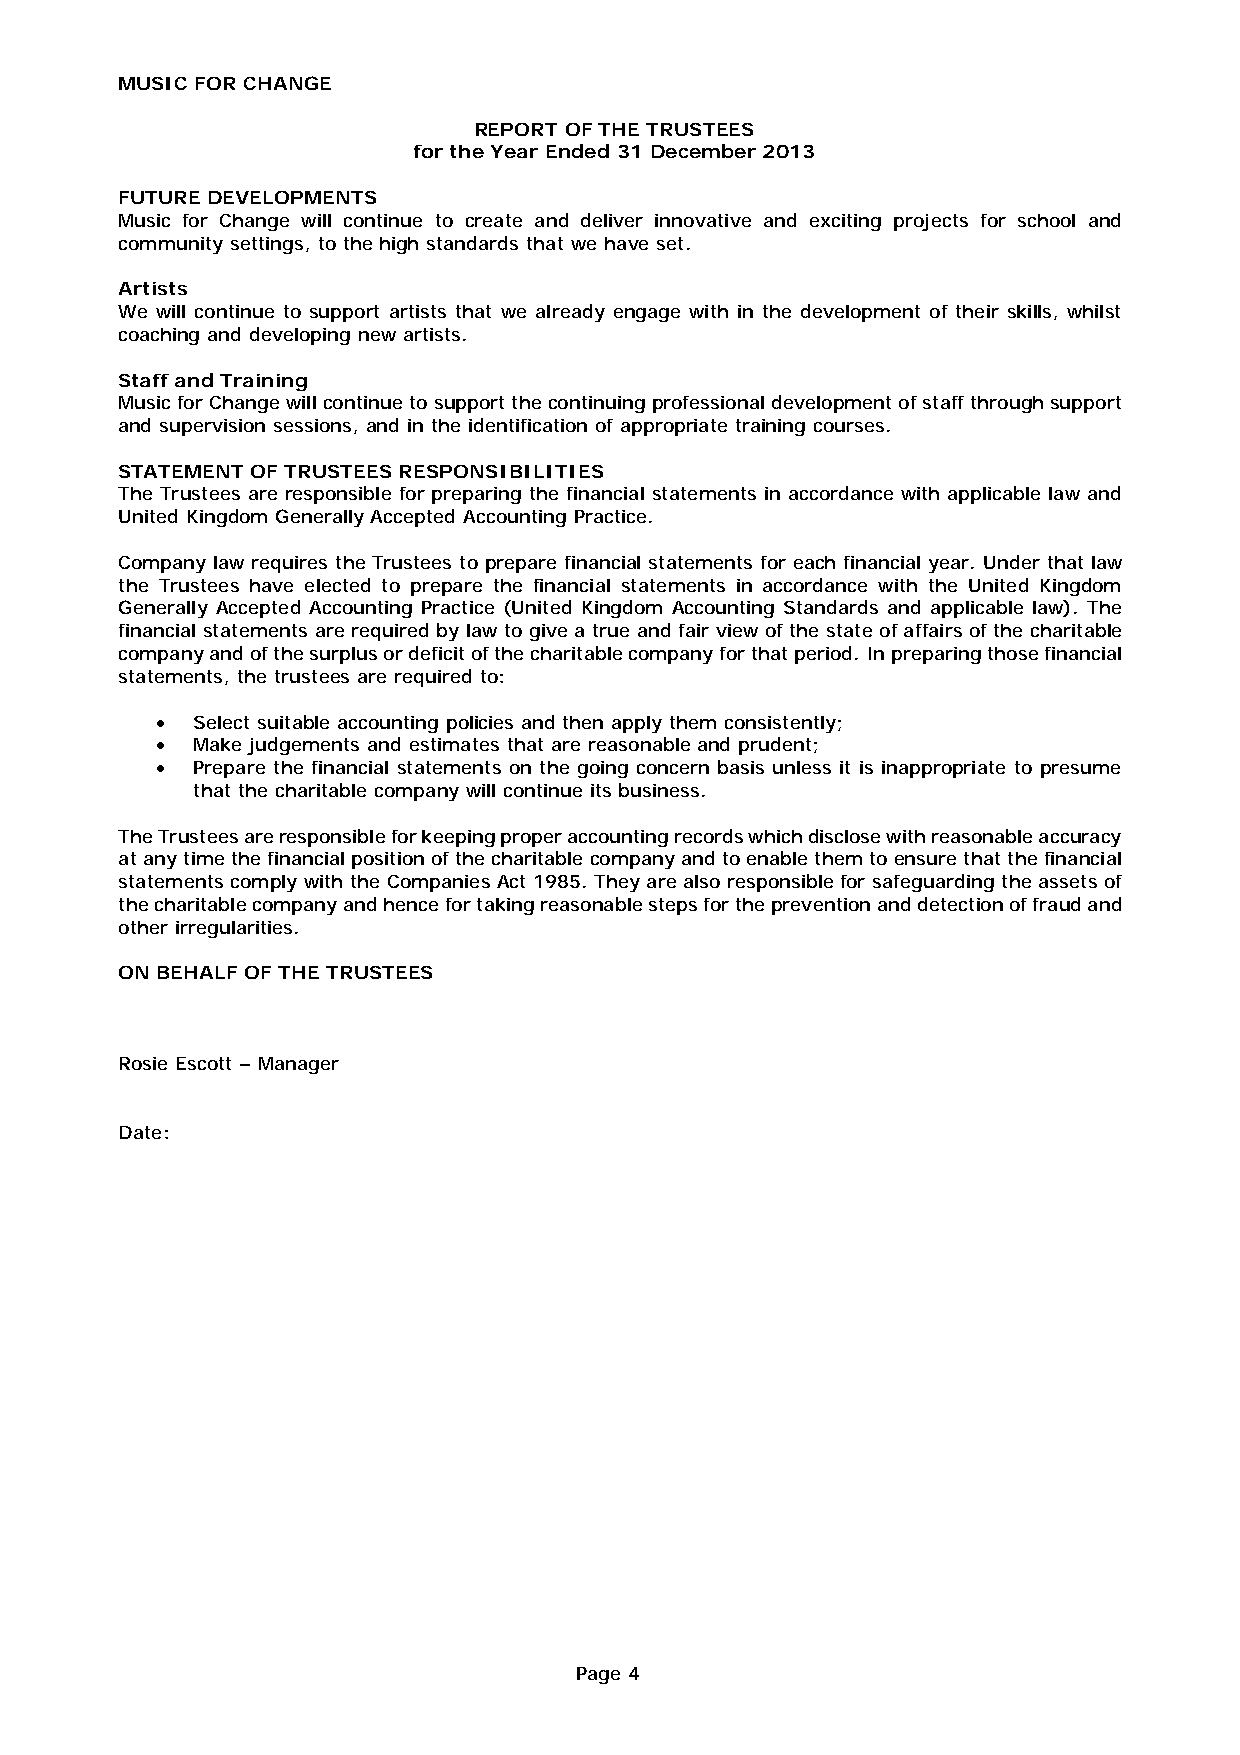
MUSIC FOR CHANGE
 REPORT OF THE TRUSTEES
 for the Year Ended 31 December 2013
 FUTURE DEVELOPMENTS
 Music for Change will continue to create and deliver innovative and exciting projects for school and
 community settings, to the high standards that we have set.
 Artists
 We will continue to support artists that we already engage with in the development of their skills, whilst
 coaching and developing new artists.
 Staff and Training
 Music for Change will continue to support the continuing professional development of staff through support
 and supervision sessions, and in the identification of appropriate training courses.
 STATEMENT OF TRUSTEES RESPONSIBILITIES
 The Trustees are responsible for preparing the financial statements in accordance with applicable law and
 United Kingdom Generally Accepted Accounting Practice.
 Company law requires the Trustees to prepare financial statements for each financial year. Under that law
 the Trustees have elected to prepare the financial statements in accordance with the United Kingdom
 Generally Accepted Accounting Practice (United Kingdom Accounting Standards and applicable law). The
 financial statements are required by law to give a true and fair view of the state of affairs of the charitable
 company and of the surplus or deficit of the charitable company for that period. In preparing those financial
 statements, the trustees are required to:
 •  Select suitable accounting policies and then apply them consistently;
 •  Make judgements and estimates that are reasonable and prudent;
 •  Prepare the financial statements on the going concern basis unless it is inappropriate to presume
 that the charitable company will continue its business.
 The Trustees are responsible for keeping proper accounting records which disclose with reasonable accuracy
 at any time the financial position of the charitable company and to enable them to ensure that the financial
 statements comply with the Companies Act 1985. They are also responsible for safeguarding the assets of
 the charitable company and hence for taking reasonable steps for the prevention and detection of fraud and
 other irregularities.
 ON BEHALF OF THE TRUSTEES
 Rosie Escott – Manager
 Date:
 Page 4